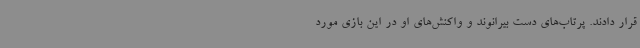
قرار دادند. پرتاب‌های دست بیرانوند و واکنش‌های او در این بازی مورد